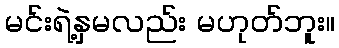
မင်းရဲ့နှမလည်း မဟုတ်ဘူး။